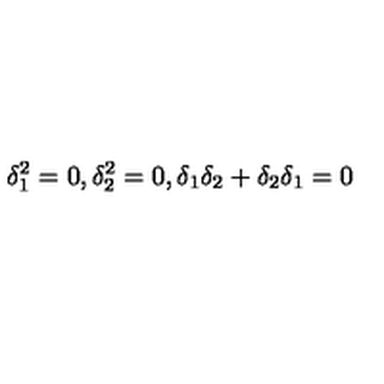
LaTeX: \delta _ { 1 } ^ { 2 } = 0 , \delta _ { 2 } ^ { 2 } = 0 , \delta _ { 1 } \delta _ { 2 } + \delta _ { 2 } \delta _ { 1 } = 0